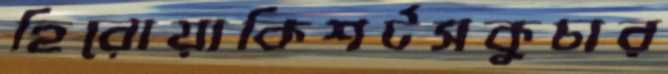
হিরোয়াকিশর্টসকুচার